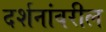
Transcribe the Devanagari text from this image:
दर्शनांवरील